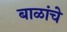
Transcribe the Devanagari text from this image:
बाळांचे